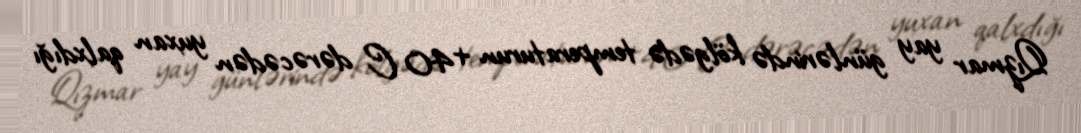
Qızmar yay günlərində kölgədə temperaturun +40 C dərəcədən yuxan qalxdığı